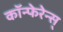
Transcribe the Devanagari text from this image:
कॉन्फेरेन्स्